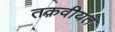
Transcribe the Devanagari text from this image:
तक़वीयत